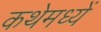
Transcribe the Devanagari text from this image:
कथेमध्यें